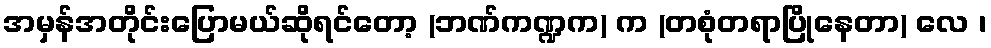
အမှန်အတိုင်းပြောမယ်ဆိုရင်တော့ (ဘဏ်ကဏ္ဍက) က (တစုံတရာပြိုနေတာ) လေ ၊